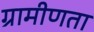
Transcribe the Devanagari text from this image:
ग्रामीणता